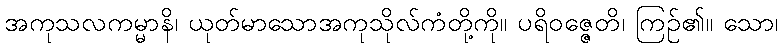
အကုသလကမ္မာနိ၊ ယုတ်မာသောအကုသိုလ်ကံတို့ကို။ ပရိဝဇ္ဇေတိ၊ ကြဉ်၏။ သော၊